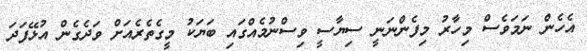
އެހެން ނަމަވެސް މިހާރު މިފެންނަނީ ސިޔާސީ ވިސްނުމެއްގައި ބަޔަކު މީގެތެރެއަށް ވަދެގެން އުޅޭފަދަ